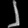
Digit: ၂